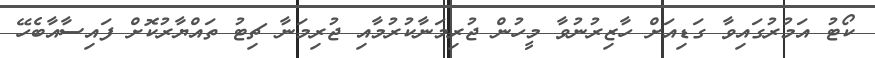
ކޯޓު އަމުރުގައިވާ ގަޑިއަށް ހާޒިރުނުވާ މީހުން ޖުރިމަނާކުރުމާއި ޖުރިމަނާ ޗިޓު ތައްޔާރުކޮށް ފައިސާއާބެހޭ